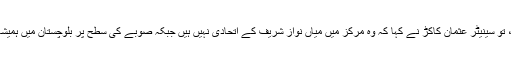
ان سے جب پوچھا کہ پختونخوا ملی عوامی پارٹی تو مسلم لیگ نواز کی اتحادی جماعت ہے، تو سینیٹر عثمان کاکڑ نے کہا کہ وہ مرکز میں میاں نواز شریف کے اتحادی نہیں ہیں جبکہ صوبے کی سطح پر بلوچستان میں ہمیشہ چار پانچ جماعتوں کی اتحادی حکومت بنتی ہے اور وہ اس اتحادی حکومت کی حصہ ہیں۔